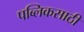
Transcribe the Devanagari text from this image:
पब्लिकसाठी